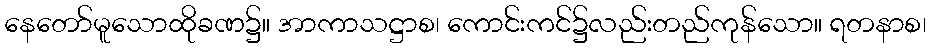
နေတော်မူသောထိုခဏ၌။ အာကာသဋ္ဌာစ၊ ကောင်းကင်၌လည်းတည်ကုန်သော။ ရတနာစ၊